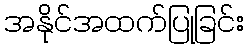
အနိုင်အထက်ပြုခြင်း